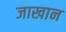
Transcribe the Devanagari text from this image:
जाखान